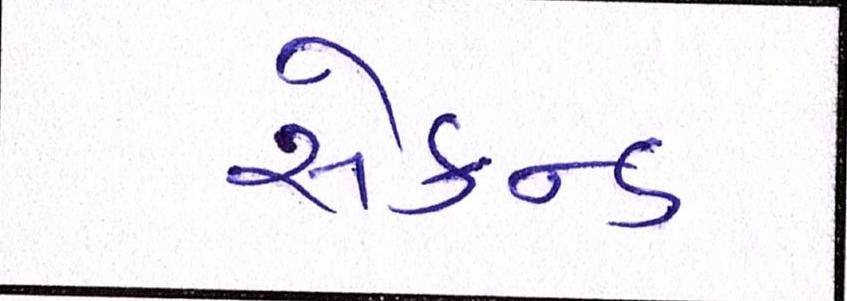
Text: સેકન્ડ